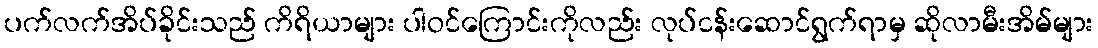
ပက်လက်အိပ်ခိုင်းသည် ကိရိယာများ ပါဝင်ကြောင်းကိုလည်း လုပ်ငန်းဆောင်ရွက်ရာမှ ဆိုလာမီးအိမ်များ